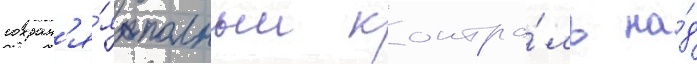
сохран'я́я полныи контро́ль на́д